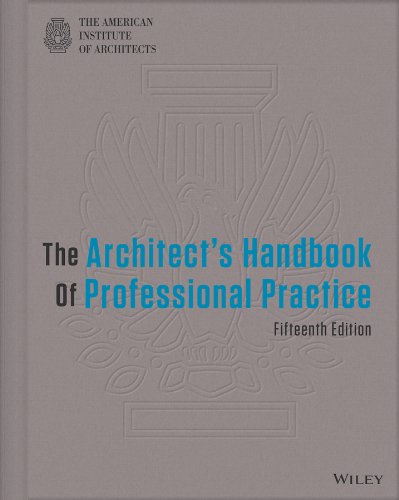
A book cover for The Architect's Handbook of Professional Practice; American Institute of Architects; Arts & Photography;